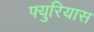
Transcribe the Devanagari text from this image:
फ्युरियास